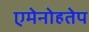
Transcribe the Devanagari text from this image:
एमेनोहतेप